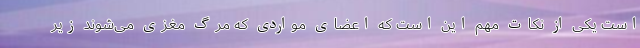
است یکی از نکات مهم این است که اعضای مواردی که مرگ مغزی می‌شوند زیر